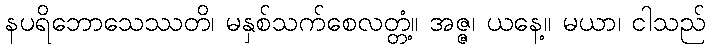
နပရိဘောသေဿတိ၊ မနှစ်သက်စေလတ္တံ့။ အဇ္ဇ၊ ယနေ့။ မယာ၊ ငါသည်